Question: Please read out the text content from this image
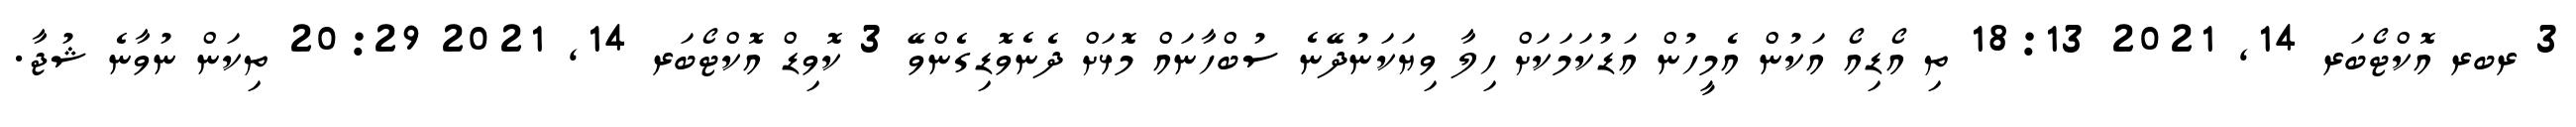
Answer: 3 ރބރ އޮކްޓޯބަރ 14, 2021 18:13 ތި އޯޑިއޯ އަކުން އެމީހުން އަޑުކަމަކަށް ހިލާ ވިޔަކަނުދޭނެ ސުބްހާނައް މޮޅަށް ދެނެވޮޑިގެންވޭ 3 ކޮވިޑް އޮކްޓޯބަރ 14, 2021 20:29 ތިކަން ނުވާނެ ޝުޖާ.